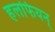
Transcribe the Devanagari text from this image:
हलफियन्